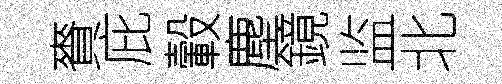
賚庇轂塵鏡监北